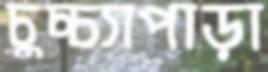
চুচ্চ্যাপাড়া